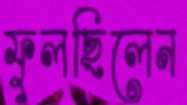
ফুলছিলেন